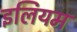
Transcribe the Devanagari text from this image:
इलियम